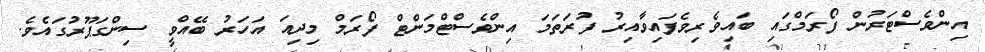
އިންވެސްޓަރުން ފޯރަމްގައި ބައިވެރިވެފައިވާއިރު ފުރަތަމަ އިންވެސްޓްމަންޓް ފޯރަމް މިދިއަ އަހަރު ބޭއްވީ ސިންގަޕޫރުގައެވެ.